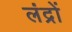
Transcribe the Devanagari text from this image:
लंद्रों